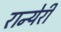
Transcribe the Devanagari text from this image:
रान्येरी